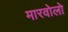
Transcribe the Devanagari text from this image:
मारवोलो